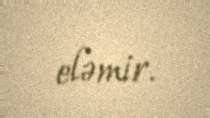
eləmir.